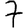
Digit: 7